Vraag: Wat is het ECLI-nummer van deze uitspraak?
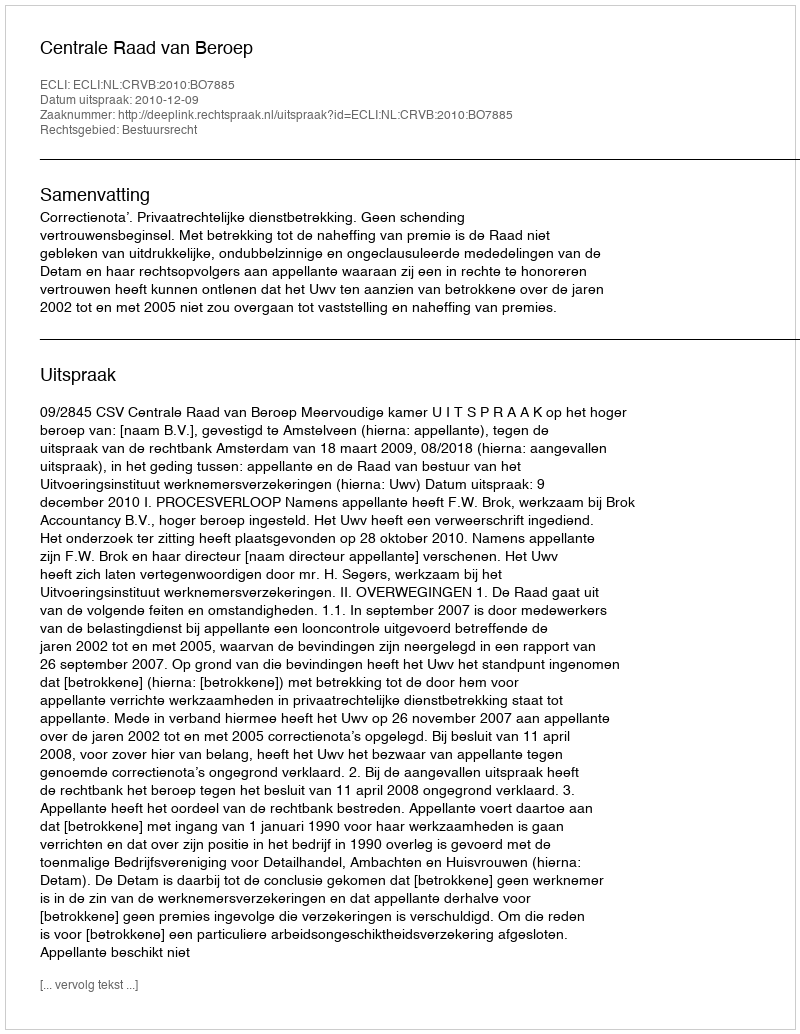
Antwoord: ECLI:NL:CRVB:2010:BO7885